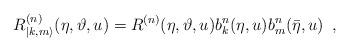
LaTeX: \begin{align*}R^{(n)}_{|k,m\rangle }(\eta ,\vartheta ,u)=R^{(n)}(\eta ,\vartheta ,u)b_{k}^{n}(\eta ,u)b_{m}^{n}(\bar{\eta },u)\, \, \, ,\end{align*}